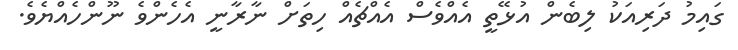
ގައިމު ދަރިއަކު ލިބެން އުޅޭތީ އެއްވެސް އެއްޗެއް ހިތަށް ނާރާނީ އެހެންވެ ނޫންހެއްޔެވެ.